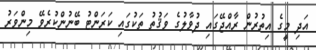
އަދި މީގެ އިތުރުން ރާއްޖޭގައި ދުވާލުގެ ވަޤުތު ތަކުގައި ކަރަންޓު ބޭނުންކުރެވޭ މިންވަރު